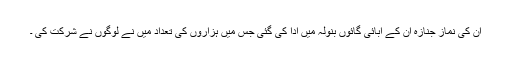
ان کی نماز جنازہ ان کے آبائی گائوں بنولہ میں ادا کی گئی جس میں ہزاروں کی تعداد میں نے لوگوں نے شرکت کی ۔